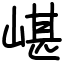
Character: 嵁